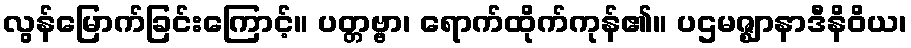
လွန်မြောက်ခြင်းကြောင့်။ ပတ္တဗ္ဗာ၊ ရောက်ထိုက်ကုန်၏။ ပဌမဇ္ဈာနာဒီနိဝိယ၊